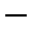
-